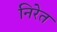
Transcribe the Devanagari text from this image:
निरेत